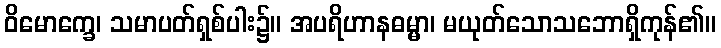
ဝိမောက္ခေ၊ သမာပတ်ရှစ်ပါး၌။ အပရိဟာနဓမ္မာ၊ မယုတ်သောသဘောရှိကုန်၏။